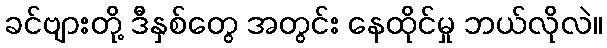
ခင်ဗျားတို့ ဒီနှစ်တွေ အတွင်း နေထိုင်မှု ဘယ်လိုလဲ။